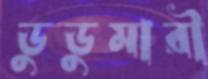
ডুডুমারী